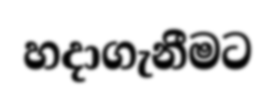
හදාගැනීමට